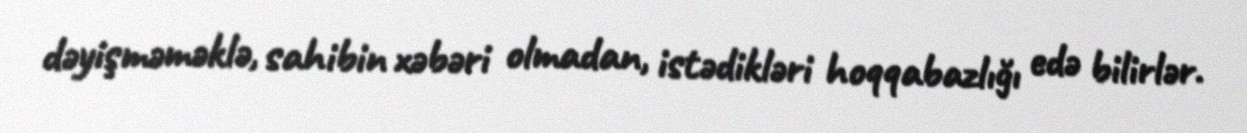
dəyişməməklə, sahibin xəbəri olmadan, istədikləri hoqqabazlığı edə bilirlər.